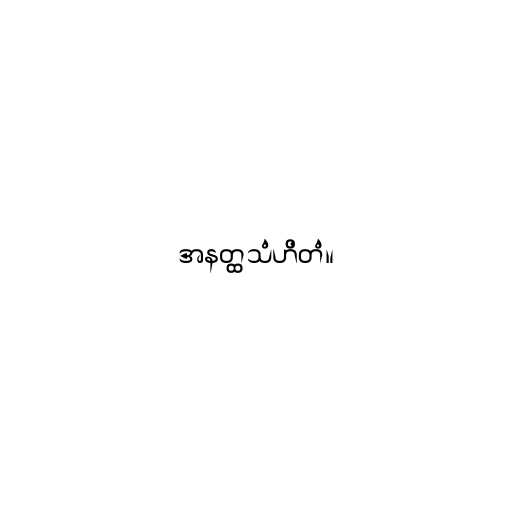
အနတ္ထသံဟိတံ။